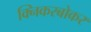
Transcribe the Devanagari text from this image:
क्निकरबोकर